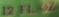
12 FL. OZ